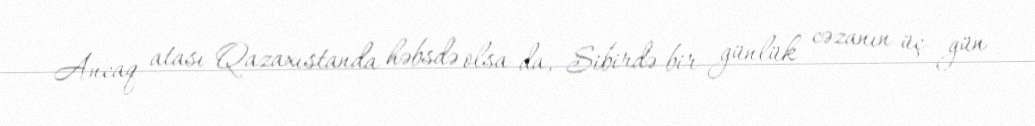
Ancaq atası Qazaxıstanda həbsdə olsa da, Sibirdə bir günlük cəzanın üç gün